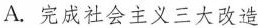
A.完成社会主义三大改造